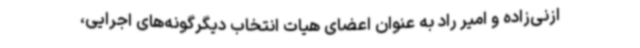
ازنی‌زاده و امیر راد به عنوان اعضای هیات انتخاب دیگرگونه‌های اجرایی،